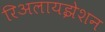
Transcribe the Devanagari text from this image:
रिअलायझेशन